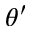
\theta ^ { \prime }